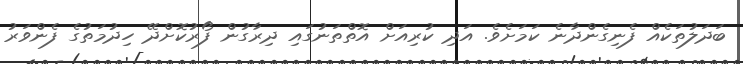
ބަދަލުތަކެއް ފެނިގެންދާނެ ކަމަށެވެ. އަދި ކުރިއަށް އޮތްތަނުގައި ދިރާގުން ފޯރުކޮށްދޭ ހިދުމަތުގެ ފެންވަރު